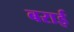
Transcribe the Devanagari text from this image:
बराई